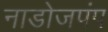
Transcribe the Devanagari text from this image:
नाडोजपंप